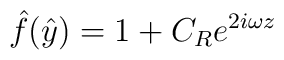
\hat{f}(\hat{y}) = 1 + C_R e^{2i \omega z}